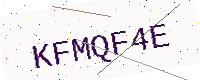
Text: KFMQF4E